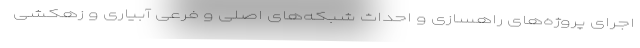
اجرای پروژه‌های راهسازی و احداث شبکه‌های اصلی و فرعی آبیاری و زهکشی